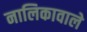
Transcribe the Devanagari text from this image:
नालिकावाले